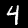
Label: 4